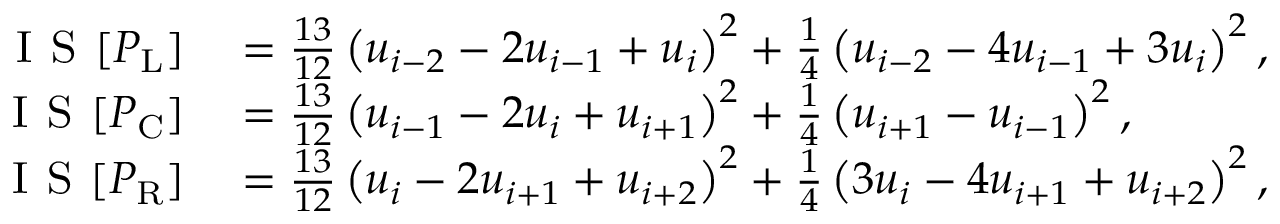
\begin{array} { r l } { \textsc { I S } [ P _ { \mathrm { L } } ] } & { { } = \frac { 1 3 } { 1 2 } \left( u _ { i - 2 } - 2 u _ { i - 1 } + u _ { i } \right) ^ { 2 } + \frac { 1 } { 4 } \left( u _ { i - 2 } - 4 u _ { i - 1 } + 3 u _ { i } \right) ^ { 2 } , } \\ { \textsc { I S } [ P _ { \mathrm { C } } ] } & { { } = \frac { 1 3 } { 1 2 } \left( u _ { i - 1 } - 2 u _ { i } + u _ { i + 1 } \right) ^ { 2 } + \frac { 1 } { 4 } \left( u _ { i + 1 } - u _ { i - 1 } \right) ^ { 2 } , } \\ { \textsc { I S } [ P _ { \mathrm { R } } ] } & { { } = \frac { 1 3 } { 1 2 } \left( u _ { i } - 2 u _ { i + 1 } + u _ { i + 2 } \right) ^ { 2 } + \frac { 1 } { 4 } \left( 3 u _ { i } - 4 u _ { i + 1 } + u _ { i + 2 } \right) ^ { 2 } , } \end{array}